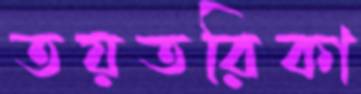
তয়তরিকা